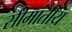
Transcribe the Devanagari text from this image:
सीमांतीय